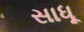
સાધૂ